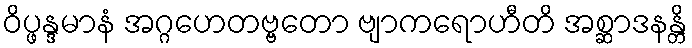
ဝိပ္ဖန္ဒမာနံ အဂ္ဂဟေတဗ္ဗတော ဗျာကရောဟီတိ အစ္ဆာဒနန္တိ